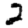
Digit: 2